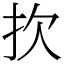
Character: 扻